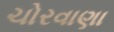
ચોરવાણા